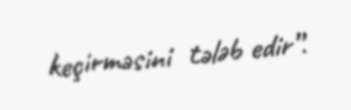
keçirməsini tələb edir”.